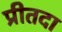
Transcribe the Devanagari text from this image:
प्रीतदा